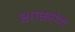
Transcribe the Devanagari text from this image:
शास्‍त्रोंमें